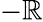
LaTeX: -\mathbb{R}